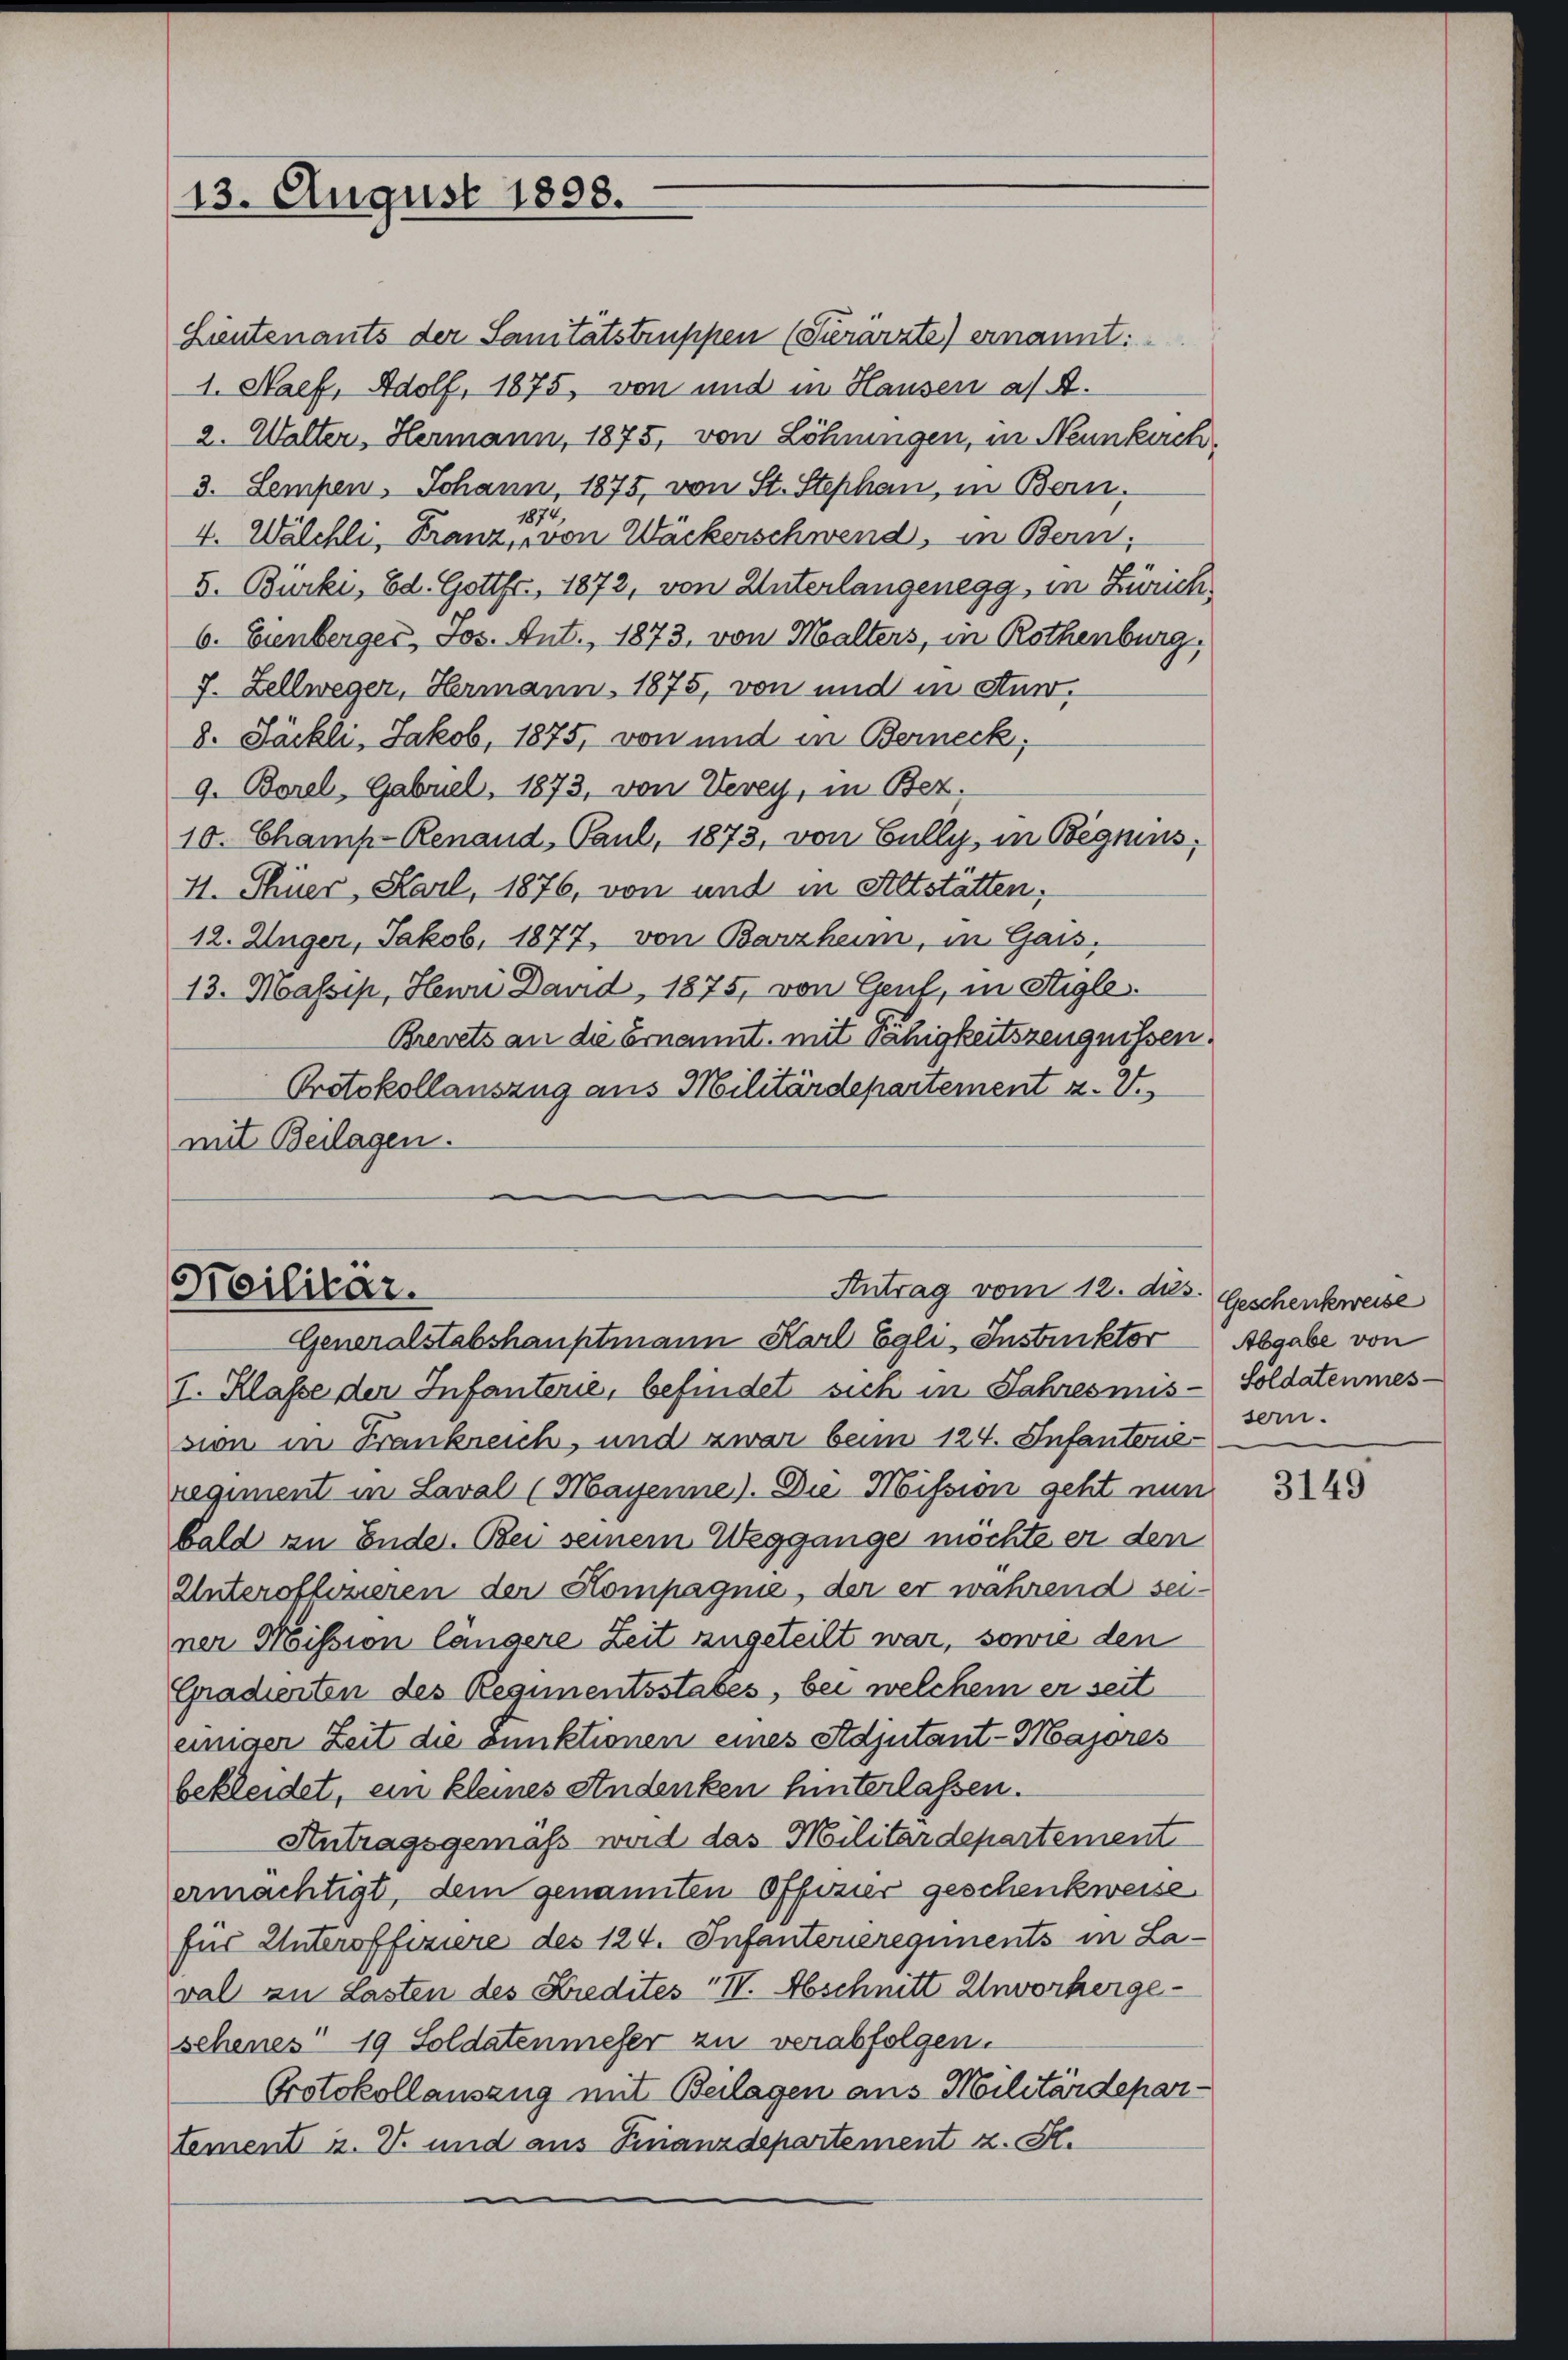
13. August 1898.

Lieutenants der Sanitätstruppen (Serärzte) ernannt:
1. Naef, Adolf, 1875, von und in Hausen a/A.
2. Walter, Hermann, 1875, von Löhnungen, in Neunkirch,
3. Sempen. Johann, 1875, von St. Stephan, in Bern.
872.
4. Wälchli, Franz, von Wäckerschwend, in Bern,
I. Bürki, Ed. Gottfr., 1872, von Unterlangenegg, in Zürich,
6. Eienberger, Jos. Ant., 1873, von Malters, in Rothenburg,
7. Zellweger, Hermann, 1875, von und in Stun¬
8. Jäckli, Jakob, 1875, von und in Berneck,
9. Borel, Gebrel, 1873, von Verey, in Bez.
10. Champ-Renaud, Paul, 1873, von Bully, in Begnius,
4. Thier, Karl, 1876, von und in Altstätten,
12. Unger, Jakob. 1877, von Barzheim, in Gais.
13. Massis, Heuri Dand, 1875, von Gent, in Stigle
Brevets an die Ernannt, mit Fähigkeitszeugnissen.
Protokollanszug aus Militärdepartement z. 2
mit Beilagen.

Antrag vom 12. ds.
Heilitär.
Generalstabshauptmann Karl Egli, Instruktor

I. Klasse der Infanterie, befindet sich in Jahresmis-Soldatenmession in Frankreich, und zwar beim 124. Infantone
regiment in Laval (Mayenne). Die Mission geht nun
bald zu Ende. Bei seinem Weggange möchte er den
Unteroffizieren der Kompagnie, der er während sei-
ner Mission längere Zeit zugeteilt war, sowie den
Gradienten des Regimentsstabes, bei welchem er seit
einiger Zeit die Funktionen eines Adjutant-Majores
bekleidet, ein kleines Andenken hinterlassen.
Antragsgemäß wird das Militärdepartement
ermächtigt, dem genannten Offizier geschenkweise
für Unterofferiere des 124. Infantenregiments in Laval zu Lasten des Kredites IV. Abschnitt Unvorhergesehenes 19 Soldatenmeser zu verabfolgen.
Protokollauszug mit Beilagen aus Militärdepartement u. V. und aus Finanzdepartement z. St.

Geschenkweise
Abgabe von
sern.

3149